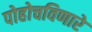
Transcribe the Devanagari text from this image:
पोहोचविणारे